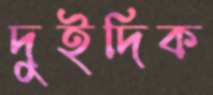
দুইদিক